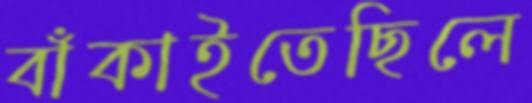
বাঁকাইতেছিলে